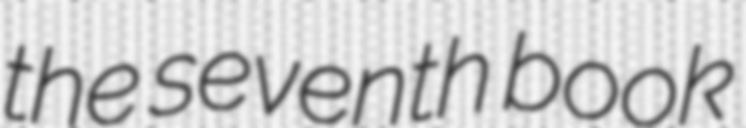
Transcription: the seventh book